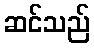
ဆင်သည်